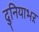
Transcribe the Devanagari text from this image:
दुनियाभऱ